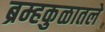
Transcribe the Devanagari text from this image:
ब्रम्हकुळातले